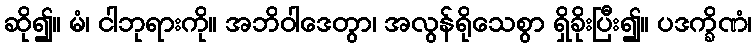
ဆို၍။ မံ၊ ငါဘုရားကို။ အဘိဝါဒေတွာ၊ အလွန်ရိုသေစွာ ရှိခိုးပြီး၍။ ပဒက္ခိဏံ၊